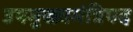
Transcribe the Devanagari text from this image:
उपमुख्यमंत्रिपद